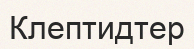
Клептидтер